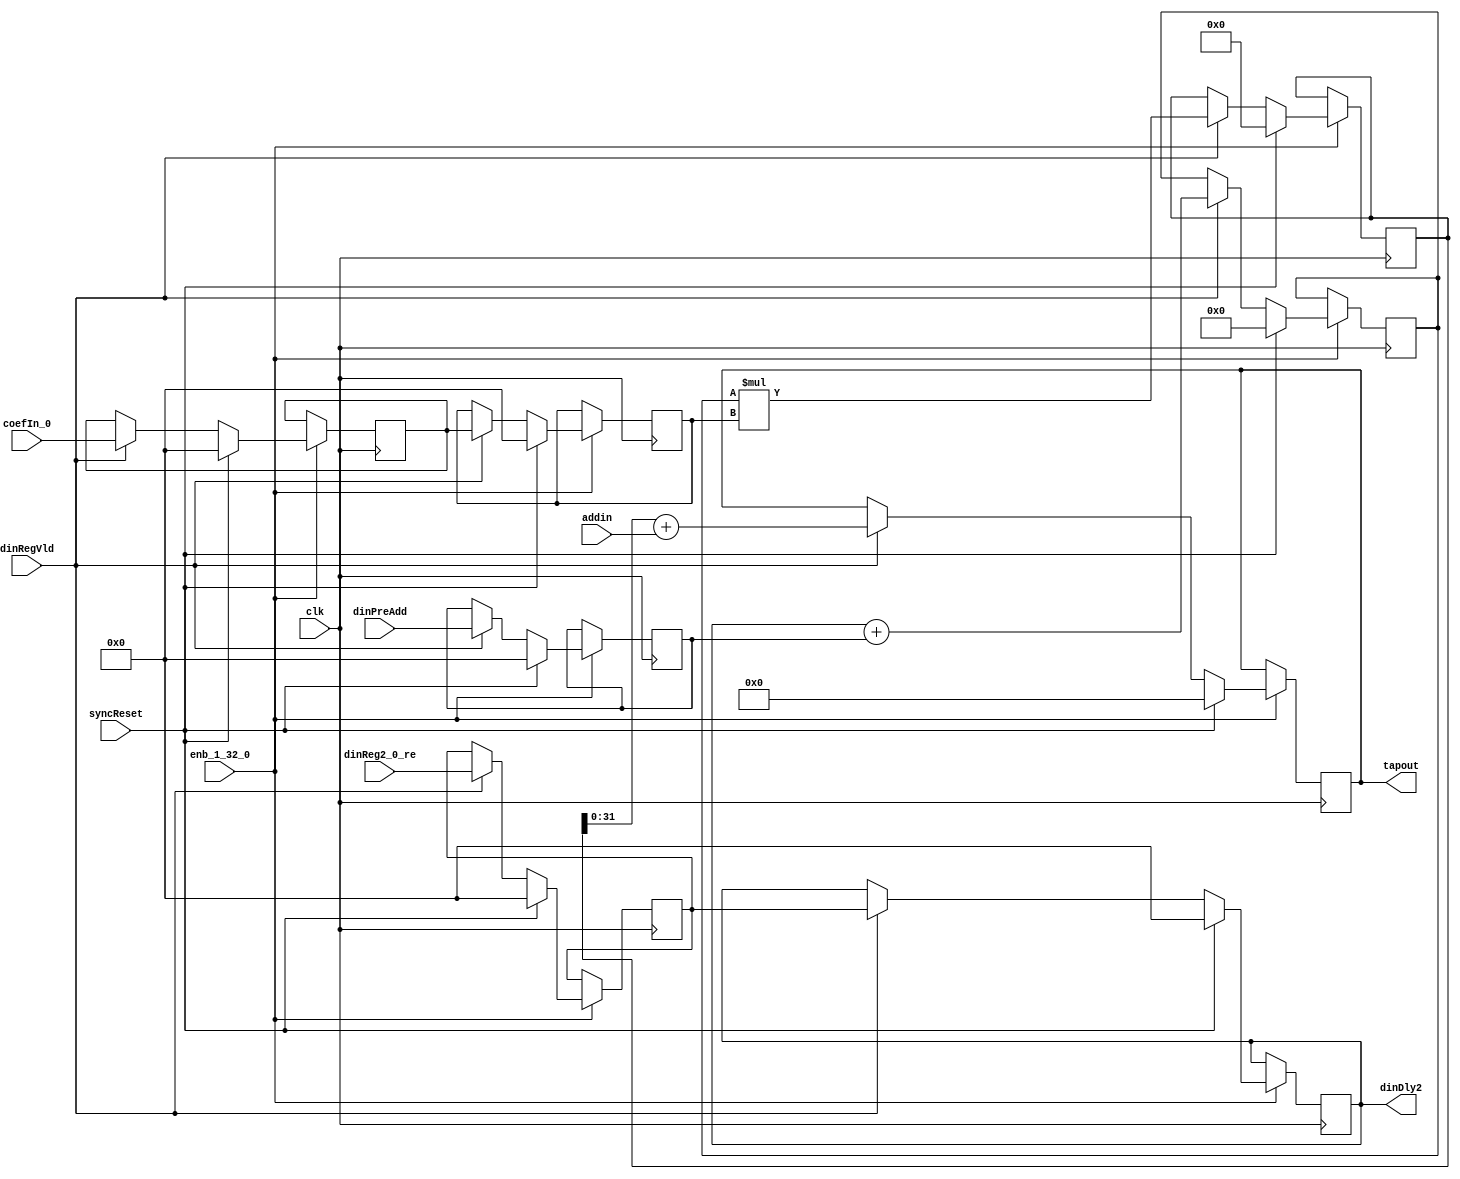
// -------------------------------------------------------------
// 
// 
// Generated by MATLAB 9.13 and HDL Coder 4.0
// 
// -------------------------------------------------------------


// -------------------------------------------------------------
// 
// Module: whdlOFDMTx_FilterTapSystolicPreAddWvlIn
// Source Path: whdlOFDMTx/Discrete FIR Filter/Filter/subFilter/FilterTapSystolicPreAddWvlIn
// Hierarchy Level: 6
// 
// -------------------------------------------------------------

`timescale 1 ns / 1 ns

module whdlOFDMTx_FilterTapSystolicPreAddWvlIn
          (clk,
           enb_1_32_0,
           dinReg2_0_re,
           dinPreAdd,
           coefIn_0,
           addin,
           dinRegVld,
           syncReset,
           dinDly2,
           tapout);


  input   clk;
  input   enb_1_32_0;
  input   signed [15:0] dinReg2_0_re;  // sfix16_En14
  input   signed [15:0] dinPreAdd;  // sfix16_En14
  input   signed [15:0] coefIn_0;  // sfix16_En15
  input   signed [31:0] addin;  // sfix32_En29
  input   dinRegVld;
  input   syncReset;
  output  signed [15:0] dinDly2;  // sfix16_En14
  output  signed [31:0] tapout;  // sfix32_En29


  reg signed [32:0] fTap_mult_reg;  // sfix33
  reg signed [15:0] fTap_din1_reg1;  // sfix16
  reg signed [15:0] fTap_din1_reg2;  // sfix16
  reg signed [15:0] fTap_din2_reg1;  // sfix16
  reg signed [16:0] fTap_preAdd_reg;  // sfix17
  reg signed [31:0] fTap_addout_reg;  // sfix32
  reg signed [15:0] fTap_coef_reg1;  // sfix16
  reg signed [15:0] fTap_coef_reg2;  // sfix16
  reg signed [32:0] fTap_mult_reg_next;  // sfix33_En29
  reg signed [15:0] fTap_din1_reg1_next;  // sfix16_En14
  reg signed [15:0] fTap_din1_reg2_next;  // sfix16_En14
  reg signed [15:0] fTap_din2_reg1_next;  // sfix16_En14
  reg signed [16:0] fTap_preAdd_reg_next;  // sfix17_En14
  reg signed [31:0] fTap_addout_reg_next;  // sfix32_En29
  reg signed [15:0] fTap_coef_reg1_next;  // sfix16_En15
  reg signed [15:0] fTap_coef_reg2_next;  // sfix16_En15
  reg signed [15:0] dinDly2_1;  // sfix16_En14
  reg signed [31:0] tapout_1;  // sfix32_En29
  reg signed [31:0] fTap_add_cast;  // sfix32_En29
  reg signed [16:0] fTap_add_cast_0;  // sfix17_En14
  reg signed [16:0] fTap_add_cast_1;  // sfix17_En14

  initial begin
    fTap_din1_reg1 = 16'sb0000000000000000;
    fTap_din1_reg2 = 16'sb0000000000000000;
    fTap_din2_reg1 = 16'sb0000000000000000;
    fTap_preAdd_reg = 17'sb00000000000000000;
    fTap_coef_reg1 = 16'sb0000000000000000;
    fTap_coef_reg2 = 16'sb0000000000000000;
    fTap_mult_reg = 33'sh000000000;
    fTap_addout_reg = 32'sb00000000000000000000000000000000;
  end

  // FilterTapSystolicPreAddWvldIn
  always @(posedge clk)
    begin : fTap_process
      if (enb_1_32_0) begin
        if (syncReset == 1'b1) begin
          fTap_din1_reg1 <= 16'sb0000000000000000;
          fTap_din1_reg2 <= 16'sb0000000000000000;
          fTap_din2_reg1 <= 16'sb0000000000000000;
          fTap_preAdd_reg <= 17'sb00000000000000000;
          fTap_coef_reg1 <= 16'sb0000000000000000;
          fTap_coef_reg2 <= 16'sb0000000000000000;
          fTap_mult_reg <= 33'sh000000000;
          fTap_addout_reg <= 32'sb00000000000000000000000000000000;
        end
        else begin
          fTap_mult_reg <= fTap_mult_reg_next;
          fTap_din1_reg1 <= fTap_din1_reg1_next;
          fTap_din1_reg2 <= fTap_din1_reg2_next;
          fTap_din2_reg1 <= fTap_din2_reg1_next;
          fTap_preAdd_reg <= fTap_preAdd_reg_next;
          fTap_addout_reg <= fTap_addout_reg_next;
          fTap_coef_reg1 <= fTap_coef_reg1_next;
          fTap_coef_reg2 <= fTap_coef_reg2_next;
        end
      end
    end

  always @(addin, coefIn_0, dinPreAdd, dinReg2_0_re, dinRegVld, fTap_addout_reg,
       fTap_coef_reg1, fTap_coef_reg2, fTap_din1_reg1, fTap_din1_reg2,
       fTap_din2_reg1, fTap_mult_reg, fTap_preAdd_reg) begin
    fTap_add_cast = 32'sb00000000000000000000000000000000;
    fTap_add_cast_0 = 17'sb00000000000000000;
    fTap_add_cast_1 = 17'sb00000000000000000;
    fTap_mult_reg_next = fTap_mult_reg;
    fTap_din1_reg1_next = fTap_din1_reg1;
    fTap_din1_reg2_next = fTap_din1_reg2;
    fTap_din2_reg1_next = fTap_din2_reg1;
    fTap_preAdd_reg_next = fTap_preAdd_reg;
    fTap_addout_reg_next = fTap_addout_reg;
    fTap_coef_reg1_next = fTap_coef_reg1;
    fTap_coef_reg2_next = fTap_coef_reg2;
    if (dinRegVld) begin
      fTap_add_cast = fTap_mult_reg[31:0];
      fTap_addout_reg_next = fTap_add_cast + addin;
      fTap_mult_reg_next = fTap_preAdd_reg * fTap_coef_reg2;
      fTap_add_cast_0 = {fTap_din1_reg2[15], fTap_din1_reg2};
      fTap_add_cast_1 = {fTap_din2_reg1[15], fTap_din2_reg1};
      fTap_preAdd_reg_next = fTap_add_cast_0 + fTap_add_cast_1;
      fTap_din1_reg2_next = fTap_din1_reg1;
      fTap_din1_reg1_next = dinReg2_0_re;
      fTap_din2_reg1_next = dinPreAdd;
      fTap_coef_reg2_next = fTap_coef_reg1;
      fTap_coef_reg1_next = coefIn_0;
    end
    dinDly2_1 = fTap_din1_reg2;
    tapout_1 = fTap_addout_reg;
  end



  assign dinDly2 = dinDly2_1;

  assign tapout = tapout_1;

endmodule  // whdlOFDMTx_FilterTapSystolicPreAddWvlIn